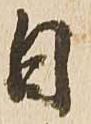
日